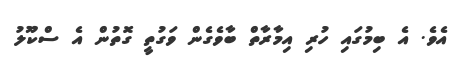
އެވެ. އެ ބިމުގައި ހުރި އިމާރާތް ބާވެގެން ވަގުތީ ގޮތުން އެ ސްކޫލު